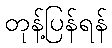
တုန့်ပြန်ရန်